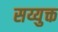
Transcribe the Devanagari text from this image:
सय्युक्त